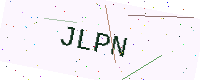
Text: JLPN